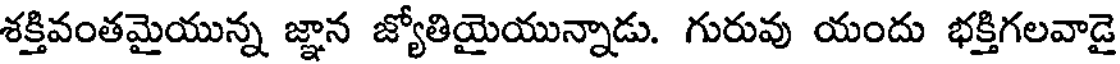
శక్తివంతమైయున్న జ్ఞాన జ్యోతియైయున్నాడు. గురువు యందు భక్తిగలవాడై